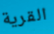
القرية